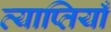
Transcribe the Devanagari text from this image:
व्याप्तियाँ